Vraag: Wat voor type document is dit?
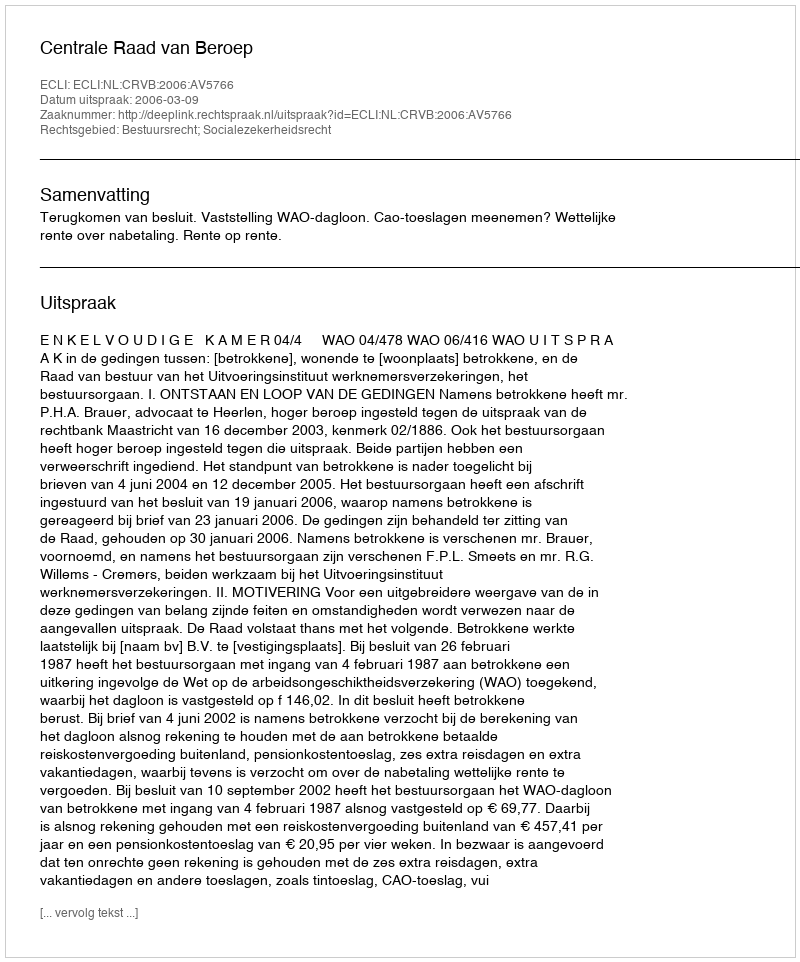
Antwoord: Uitspraak